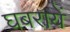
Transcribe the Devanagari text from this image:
घबरायें